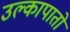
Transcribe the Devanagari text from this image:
उल्कापातों